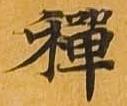
禅